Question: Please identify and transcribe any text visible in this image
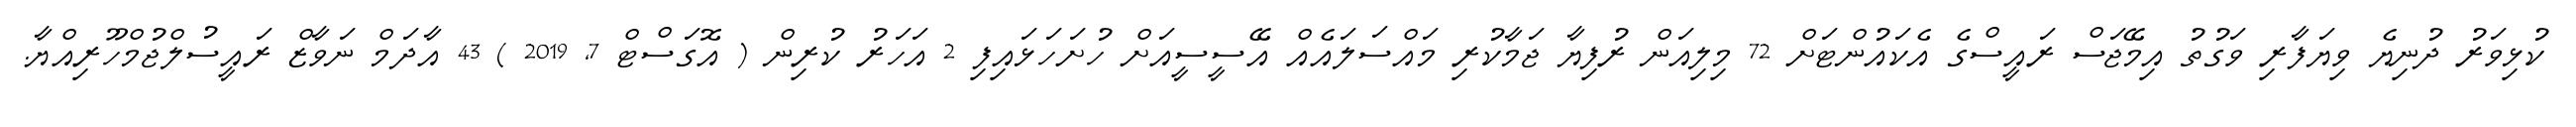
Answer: ކުޅިވަރު ދުނިޔެ ވިޔަފާރި ވަގުތު އިމޭޖަސް ރައީސްގެ އެކައުންޓަށް 72 މިލިއަން ރުފިޔާ ޖަމާކުރި މައްސަލައެއް އޭސީސީއަށް ހުށަހަޅައިފި 2 އަހަރު ކުރިން ( އޮގަސްޓް 7, 2019 ) 43 އާދަމް ނަވާޒް ރައީސުލްޖުމްހޫރިއްޔާ.